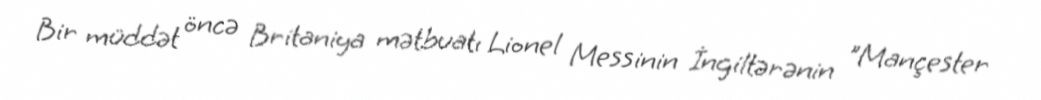
Bir müddət öncə Britaniya mətbuatı Lionel Messinin İngiltərənin "Mançester